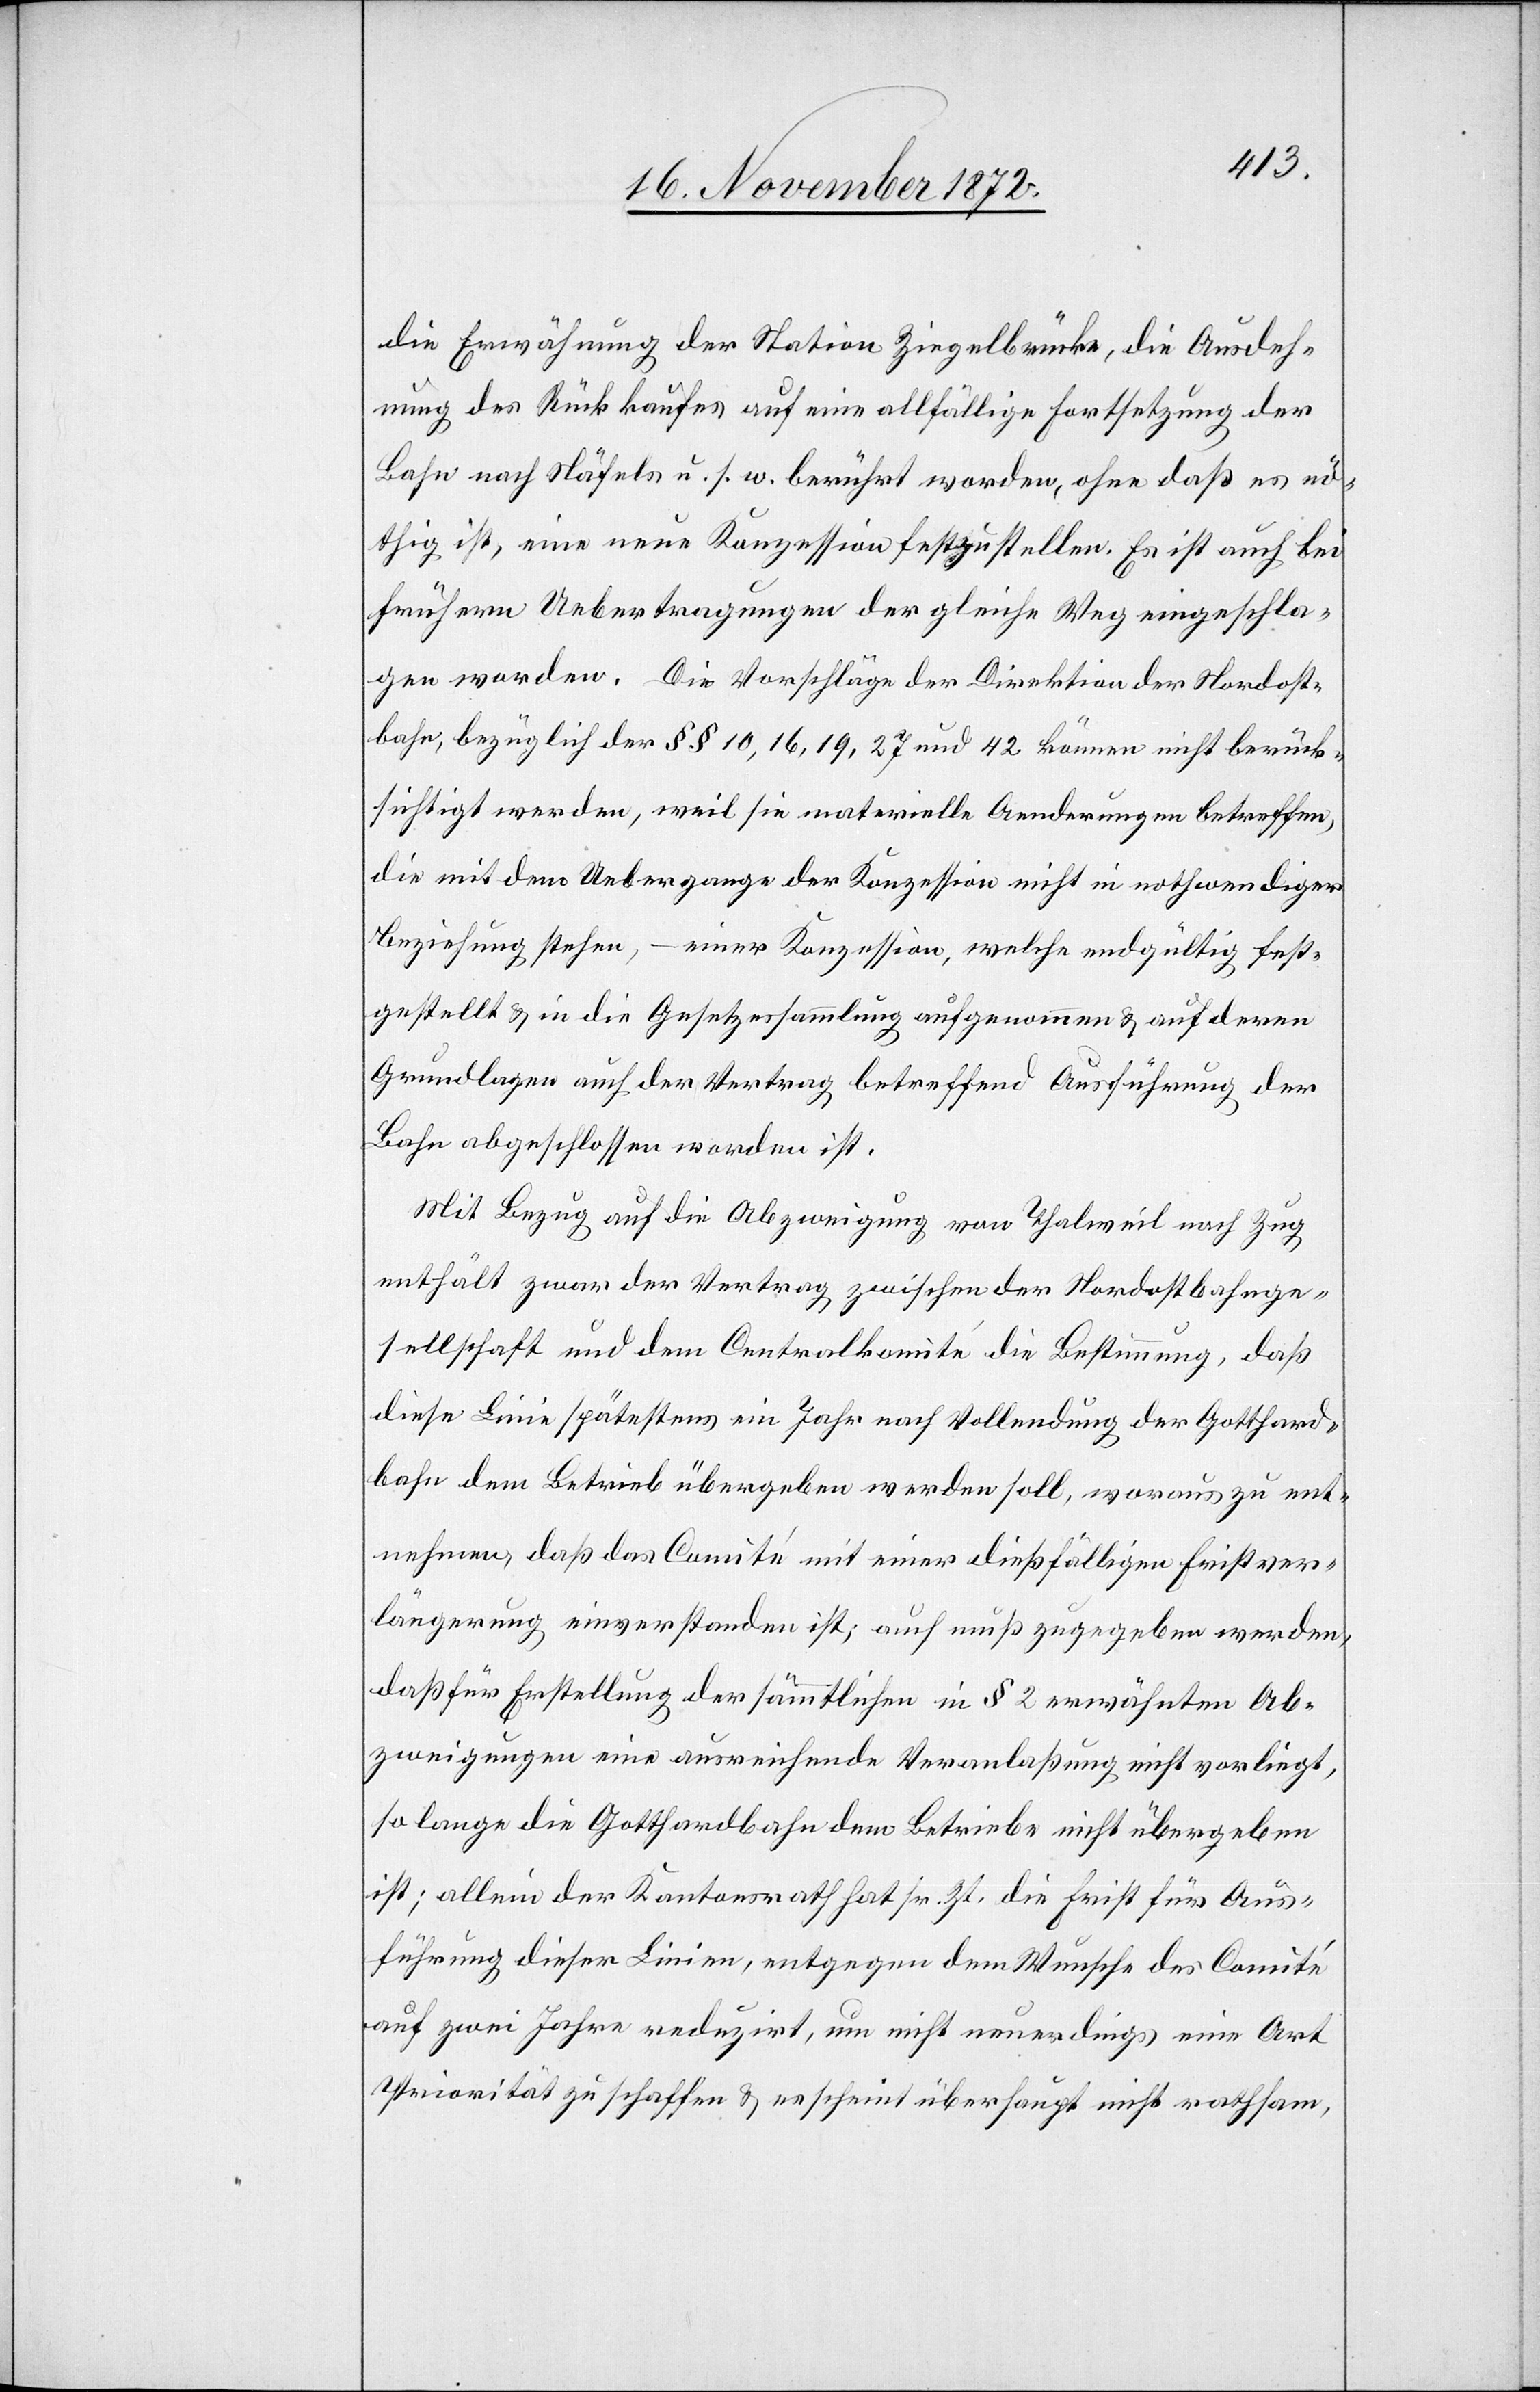
die Erwähnung der Station Ziegelbrücke, die Ausdeh¬
nung des Rückkaufes auf eine allfällige Fortsetzung der
Bahn nach Näfels u. s. w. berührt worden, ohne daß es nö¬
thig ist, eine neue Konzession festzustellen. Es ist auch bei
frühern Uebertragungen der gleiche Weg eingeschla¬
gen worden. Die Vorschläge der Direktion der Nordost¬
bahn, bezüglich der §§ 10, 16, 19, 27 und 42 können nicht berück¬
sichtigt werden, weil sie materielle Aenderungen betreffen,
die mit dem Uebergange der Konzession nicht in nothwendiger
Beziehung stehen, – einer Konzession, welche endgültig fest¬
gestellt u. in die Gesetzessammlung aufgenommen u. auf deren
Grundlagen auch der Vertrag betreffend Ausführung der
Bahn abgeschlossen worden ist.
Mit Bezug auf die Abzweigung von Thalweil nach Zug
enthält zwar der Vertrag zwischen der Nordostbahnge¬
sellschaft und dem Centralkomité die Bestimmung, daß
diese Linie spätestens ein Jahr nach Vollendung der Gotthard¬
bahn dem Betrieb übergeben werden soll, woraus zu ent¬
nehmen, daß das Comité mit einer dießfälligen Fristver¬
längerung einverstanden ist; auch muß zugegeben werden,
daß für Erstellung der sämmtlichen in § 2 erwähnten Ab¬
zweigungen eine ausreichende Veranlaßung nicht vorliegt,
so lange die Gotthardbahn dem Betriebe nicht übergeben
ist; allein der Kantonsrath hat sr. Zt. die Frist für Aus¬
führung dieser Linien, entgegen dem Wunsche des Comité
auf zwei Jahre reduzirt, um nicht neuerdings eine Art
Priorität zu schaffen u. es scheint überhaupt nicht rathsam,